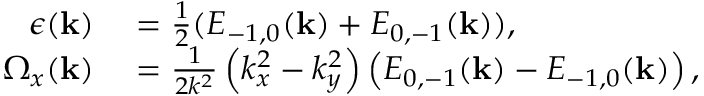
\begin{array} { r l } { \epsilon ( \mathbf { k } ) } & { { } = \frac { 1 } { 2 } ( E _ { - 1 , 0 } ( \mathbf { k } ) + E _ { 0 , - 1 } ( \mathbf { k } ) ) , } \\ { \Omega _ { x } ( \mathbf { k } ) } & { { } = \frac { 1 } { 2 k ^ { 2 } } \left( k _ { x } ^ { 2 } - k _ { y } ^ { 2 } \right) \left( E _ { 0 , - 1 } ( \mathbf { k } ) - E _ { - 1 , 0 } ( \mathbf { k } ) \right) , } \end{array}